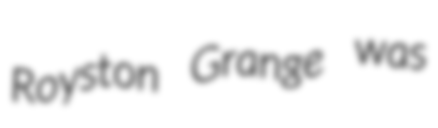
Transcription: Royston Grange was